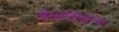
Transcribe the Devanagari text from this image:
त्रैमासिकांना